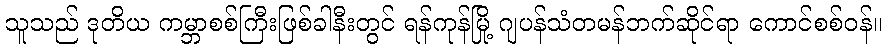
သူသည် ဒုတိယ ကမ္ဘာစစ်ကြီးဖြစ်ခါနီးတွင် ရန်ကုန်မြို့ ဂျပန်သံတမန်ဘက်ဆိုင်ရာ ကောင်စစ်ဝန်။